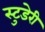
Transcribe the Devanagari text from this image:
स्टुडेरी